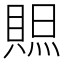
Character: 𧶨